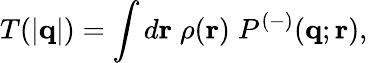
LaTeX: T(|{\mathbf q}|)=\int d{\mathbf r}\; \rho({\mathbf r})\; P^{(-)}({\mathbf q};{\mathbf r}),